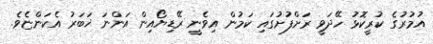
އުމުރުގެ ކުރީކޮޅު ހޭދަވީ ރަށްފުށުގައި ކަމުން އިވެނީ ރޭޑިޔޯއިން އަންނަ ޚަބަރު އެކަންޏެވެ.